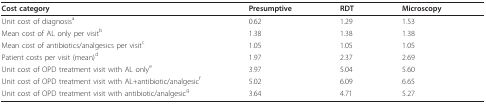
<table><thead><tr><td><b>Cost category</b></td><td><b>Presumptive</b></td><td><b>RDT</b></td><td><b>Microscopy</b></td></tr></thead><tbody><tr><td>Unit cost of diagnosis<sup>a</sup></td><td>0.62</td><td>1.29</td><td>1.53</td></tr><tr><td>Mean cost of AL only per visit<sup>b</sup></td><td>1.38</td><td>1.38</td><td>1.38</td></tr><tr><td>Mean cost of antibiotics/analgesics per visit<sup>c</sup></td><td>1.05</td><td>1.05</td><td>1.05</td></tr><tr><td>Patient costs per visit (mean)<sup>d</sup></td><td>1.97</td><td>2.37</td><td>2.69</td></tr><tr><td>Unit cost of OPD treatment visit with AL only<sup>e</sup></td><td>3.97</td><td>5.04</td><td>5.60</td></tr><tr><td>Unit cost of OPD treatment visit with AL+antibiotic/analgesic<sup>f</sup></td><td>5.02</td><td>6.09</td><td>6.65</td></tr><tr><td>Unit cost of OPD treatment visit with antibiotic/analgesic<sup>g</sup></td><td>3.64</td><td>4.71</td><td>5.27</td></tr></tbody></table>